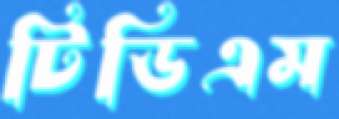
টিডিএম